Plague in India, 1896, 1897 - Volume 1
Year: 1896
Disease focus: Plague
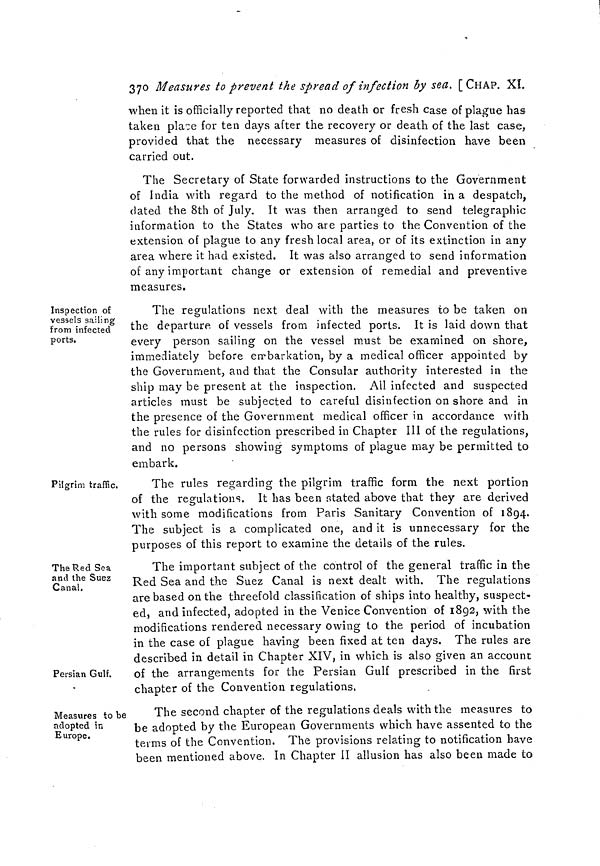
37°M easures to prevent the spread of infection by sea. [CHAP. XI.
when it is officially reported that no death or fresh case of plague has
taken place for ten days after the recovery or death of the last case,
provided that the necessary measures of disinfection have been
carried out.
The Secretary of State forwarded instructions to the Government
of India with regard to the method of notification in a despatch,
dated the 8th of July. It was then arranged to send telegraphic
information to the States who are parties to the Convention of the
extension of plague to any fresh local area, or of its extinction in any
area where it had existed. It was also arranged to send information
of any important change or extension of remedial and preventive
measures.
Inspection of
vessels sailing
from infected
ports.
The regulations next deal with the measures to be taken on
the departure of vessels from infected ports. It is laid down that
every person sailing on the vessel must be examined on shore,
immediately before embarkation, by a medical officer appointed by
the Government, and that the Consular authority interested in the
ship may be present at the inspection. All infected and suspected
articles must be subjected to careful disinfection on shore and in
the presence of the Government medical officer in accordance with
the rules for disinfection prescribed in Chapter III of the regulations,
and no persons showing symptoms of plague may be permitted to
embark.
Pilgrim traffic.
The rules regarding the pilgrim traffic form the next portion
of the regulations. It has been stated above that they are derived
with some modifications from Paris Sanitary Convention of 1894.
The subject is a complicated one, and it is unnecessary for the
purposes of this report to examine the details of the rules.
The Red Sea
and the Suez
Canal,
Persian Gulf.
The important subject of the control of the general traffic in the
Red Sea and the Suez Canal is next dealt with. The regulations
are based on the threefold classification of ships into healthy, suspect-
ed, and infected, adopted in the Venice Convention of 1892, with the
modifications rendered necessary owing to the period of incubation
in the case of plague having been fixed at ten days. The rules are
described in detail in Chapter XIV, in which is also given an account
of the arrangements for the Persian Gulf prescribed in the first
chapter of the Convention regulations.
Measures to be
adopted in
Europe.
The second chapter of the regulations deals with the measures to
be adopted by the European Governments which have assented to the
terms of the Convention. The provisions relating to notification have
been mentioned above. In Chapter II allusion has also been made to